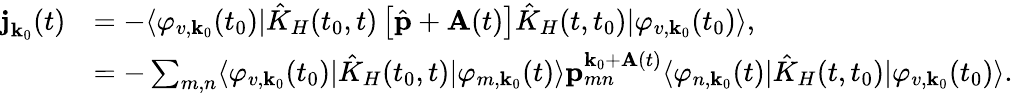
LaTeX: \begin{array}{rl}{\textbf{j}_{\textbf{k}_{0}}(t)}&{=-\langle\varphi_{v,\textbf{k}_{0}}(t_{0})|\hat{K}_{H}(t_{0},t)\left[\hat{\textbf{p}}+\textbf{A}(t)\right]\hat{K}_{H}(t,t_{0})|\varphi_{v,\textbf{k}_{0}}{(t_{0})}\rangle,}\\ &{=-\sum_{m,n}\langle\varphi_{v,\textbf{k}_{0}}(t_{0})|\hat{K}_{H}(t_{0},t)|\varphi_{m,\textbf{k}_{0}}(t)\rangle\textbf{p}_{mn}^{\textbf{k}_{0}+\textbf{A}(t)}\langle\varphi_{n,\textbf{k}_{0}}(t)|\hat{K}_{H}(t,t_{0})|\varphi_{v,\textbf{k}_{0}}(t_{0})\rangle.}\end{array}